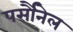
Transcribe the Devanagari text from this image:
पर्सौनेल